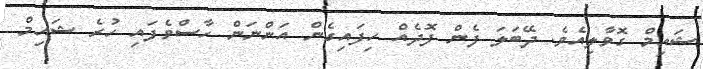
ޝައިމް ގޮވާލިއެވެ. ދޭބަލަ ފެން ފޮދެއް ހިފައިގެން އަންނަން ހާސްވެފައި ހުރެ ޝައިމް